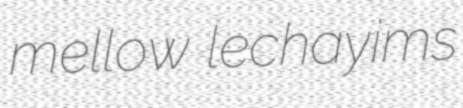
mellow lechayims